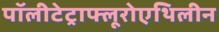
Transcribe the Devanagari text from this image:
पॉलीटेट्राफ्लूरोएथिलीन